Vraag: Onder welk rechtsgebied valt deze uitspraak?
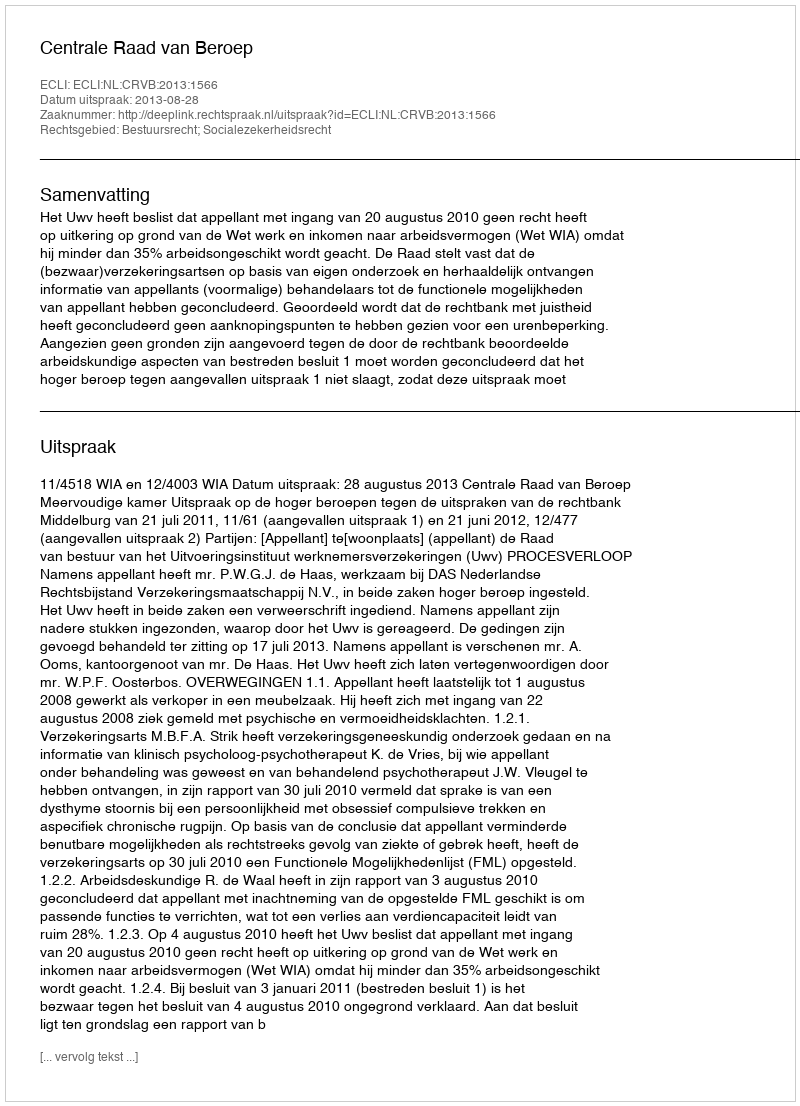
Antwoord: Bestuursrecht; Socialezekerheidsrecht